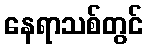
နေရာသစ်တွင်